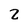
Character: 2